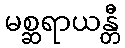
မစ္ဆရာယန္တီ